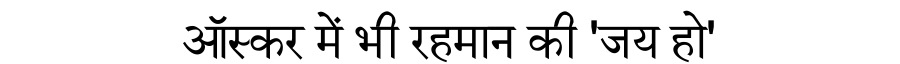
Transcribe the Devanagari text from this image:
ऑस्कर में भी रहमान की 'जय हो'